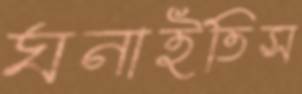
ঘনাইতিস